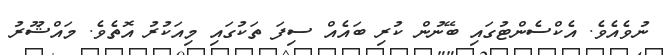
ނުވެއެވެ. އެކްސެންޓުގައި ބޭނުން ކުރި ބައެއް ސިފަ ތަކުގައި މިއަކުރު އޮތެވެ. މައްޝޫރު